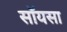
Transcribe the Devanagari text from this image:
सॉयसा